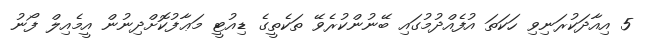
5 އިއާދަކުރަނިވި ހަކަތަ އުފެއްދުމުގައި ބޭނުންކުރެވޭ ތަކެތީގެ ޑިއުޓީ މަޢާފުކޮށްދިނުން އީމެއިލް ފޯނު